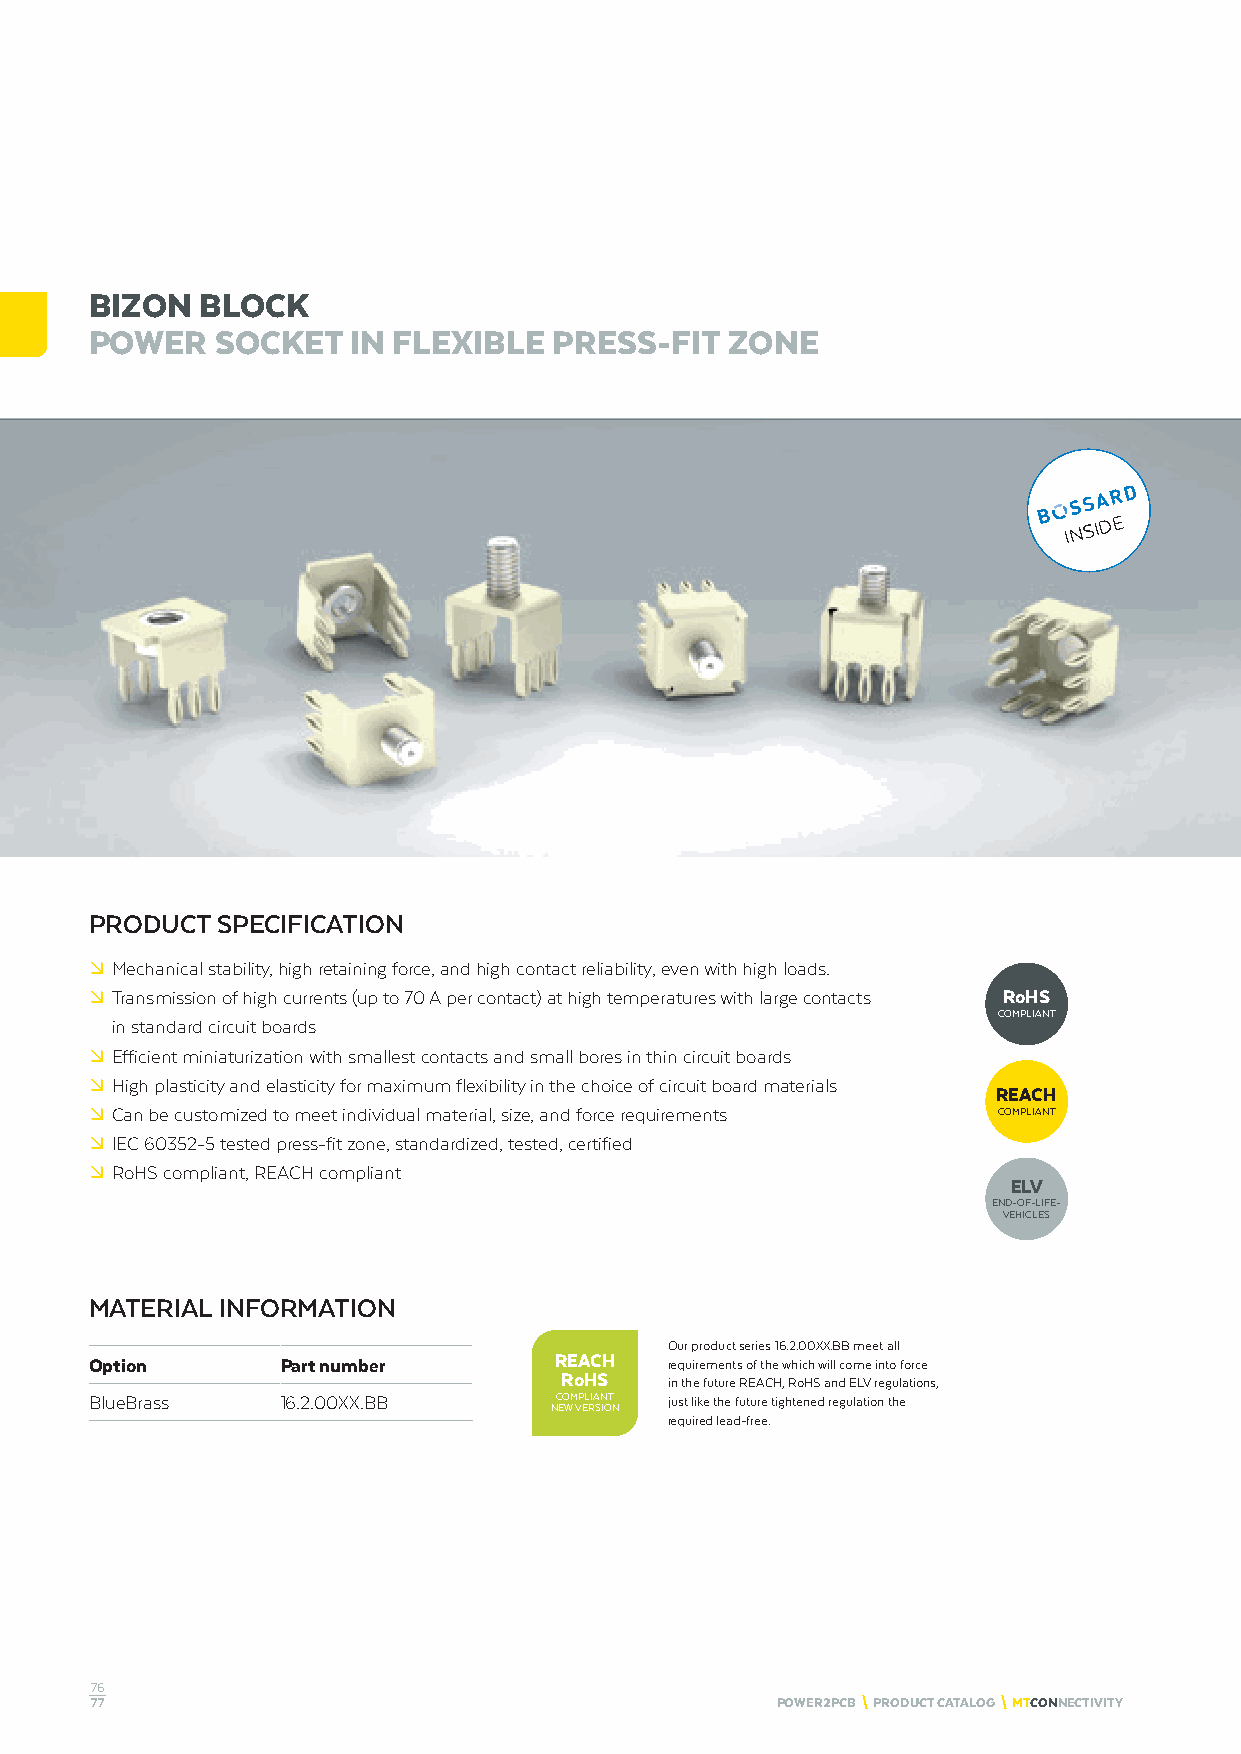
BIZON  BLOCK
 POWER   SOCKET   IN FLEXIBLE   PRESS-FIT  ZONE
 INSIDE
 PRODUCT SPECIFICATION
 º Mechanical stability, high retaining force, and high contact reliability, even with high loads.
 º Transmission of high currents (up to 70 A per contact) at high temperatures with large contacts RoHS
 COMPLIANT
 in standard circuit boards
 º Efficient miniaturization with smallest contacts and small bores in thin circuit boards
 º High plasticity and elasticity for maximum flexibility in the choice of circuit board materials
 REACH
 º Can be customized to meet individual material, size, and force requirements COMPLIANT
 º IEC 60352-5 tested press-fit zone, standardized, tested, certified
 º RoHS compliant, REACH compliant
 ELV
 END-OF-LIFE-
 VEHICLES
 MATERIAL INFORMATION
 Our product series 16.2.00XX.BB meet all
 Option       Part number       REACH  requirements of the which will come into force
 RoHS
 in the future REACH, RoHS and ELV regulations,
 BlueBrass    16.2.00XX.BB      COMPLIANT just like the future tightened regulation the
 NEW VERSION
 required lead-free.
 76
 77                                           POWER2PCB \ PRODUCT CATALOG \ MTCONNECTIVITY